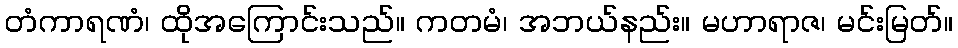
တံကာရဏံ၊ ထိုအကြောင်းသည်။ ကတမံ၊ အဘယ်နည်း။ မဟာရာဇ၊ မင်းမြတ်။